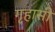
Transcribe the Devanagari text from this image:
गृहासी